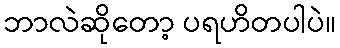
ဘာလဲဆိုတော့ ပရဟိတပါပဲ။